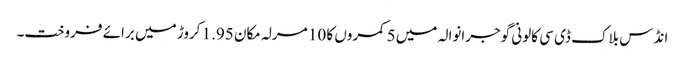
انڈس بلاک ڈی سی کالونی گوجرانوالہ میں 5 کمروں کا 10 مرلہ مکان 1.95 کروڑ میں برائے فروخت۔